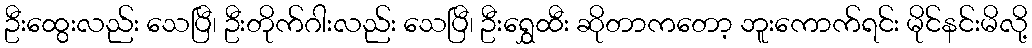
ဦးထွေးလည်း သေပြီ၊ ဦးတိုက်ဂါးလည်း သေပြီ၊ ဦးရွှေထီး ဆိုတာကတော့ ဘူးကောက်ရင်း မိုင်နင်းမိလို့